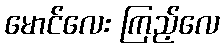
မောင်လေး ကြည့်လေ